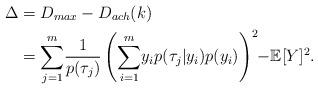
LaTeX: \begin{align*}\Delta & = D_{max} - D_{ach}(k) \\&= \sum_{j=1}^{m}\! \frac{1}{p(\tau_j)} \left(\sum_{i=1}^{m}\!y_i p(\tau_j|y_i)p(y_i)\right)^2 \!\!- \! \mathbb{E}[Y]^2. \end{align*}